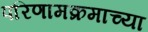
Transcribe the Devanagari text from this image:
परिणामक्रमाच्या